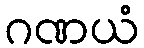
ဂဏယံ